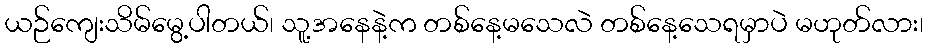
ယဉ်ကျေးသိမ်မွေ့ပါတယ်၊ သူ့အနေနဲ့က တစ်နေ့မသေလဲ တစ်နေ့သေရမှာပဲ မဟုတ်လား၊